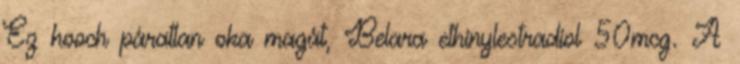
Ez hooch páratlan oka magát, Belara ethinylestradiol 50mcg. A